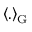
\ensuremath { \left\langle . \right\rangle } _ { \mathrm { G } }